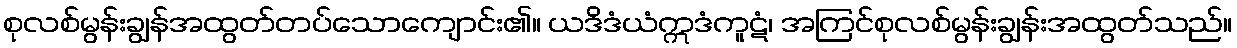
စုလစ်မွန်းချွန်အထွတ်တပ်သောကျောင်း၏။ ယဒိဒံယံဣဒံကူဋံ၊ အကြင်စုလစ်မွန်းချွန်းအထွတ်သည်။